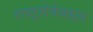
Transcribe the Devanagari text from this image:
राष्ट्रसेवेबद्दल